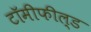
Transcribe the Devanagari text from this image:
टॉमीफील्ड